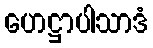
ဟေဋ္ဌာပါသာဒံ